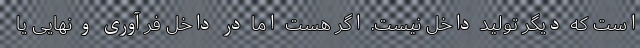
است که دیگر تولید داخل نیست. اگر هست اما در داخل فرآوری و نهایی یا